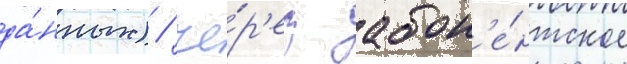
да́нных) / че́р'ез абон'е́нтское